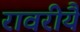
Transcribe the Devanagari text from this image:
रावरीयै